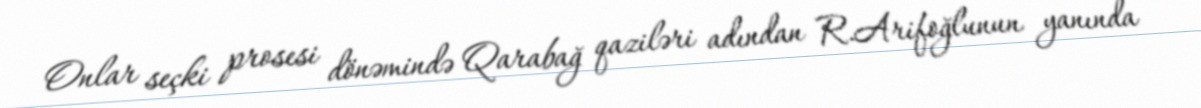
Onlar seçki prosesi dönəmində Qarabağ qaziləri adından R.Arifoğlunun yanında